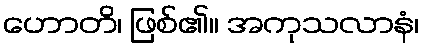
ဟောတိ၊ ဖြစ်၏။ အကုသလာနံ၊